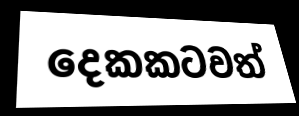
දෙකකටවත්